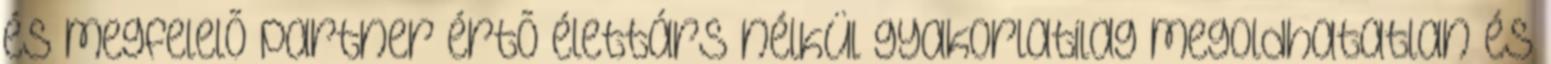
és megfelelõ partner értõ élettárs nélkül gyakorlatilag megoldhatatlan és